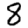
Digit: 8